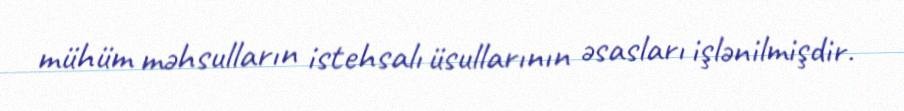
mühüm məhsulların istehsalı üsullarının əsasları işlənilmişdir.